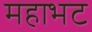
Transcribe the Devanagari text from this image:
महाभट